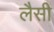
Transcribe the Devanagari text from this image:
लैसी